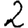
Digit: 2